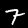
Label: 7